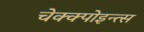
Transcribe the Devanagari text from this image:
चेक्क्पोइन्त्स